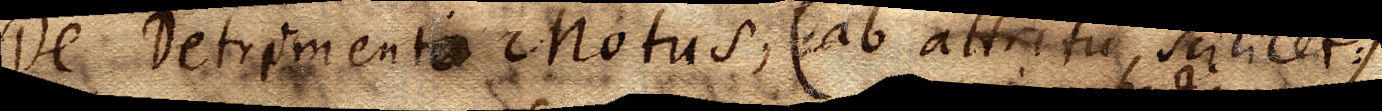
De Detrimento Motus (ab attritu scilicet:)